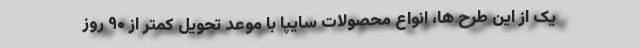
یک از این طرح ها، انواع محصولات سایپا با موعد تحویل کمتر از ۹۰ روز